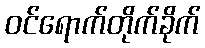
ဝင်ရောက်တိုက်ခိုက်